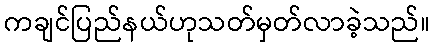
ကချင်ပြည်နယ်ဟုသတ်မှတ်လာခဲ့သည်။